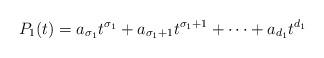
LaTeX: \begin{align*}P_1(t)=a_{\sigma_1}t^{\sigma_1}+a_{\sigma_1+1}t^{\sigma_1+1}+\cdots+a_{d_1}t^{d_1}\end{align*}